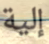
إلية